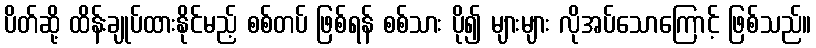
ပိတ်ဆို့ ထိန်းချုပ်ထားနိုင်မည့် စစ်တပ် ဖြစ်ရန် စစ်သား ပို၍ များများ လိုအပ်သောကြောင့် ဖြစ်သည်။